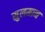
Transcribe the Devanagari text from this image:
सुलमान